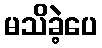
မသိခဲ့ပေ